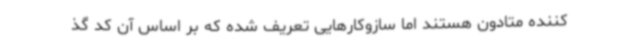
کننده متادون‌ هستند اما سازوکارهایی تعریف شده که بر اساس آن کد گذ